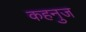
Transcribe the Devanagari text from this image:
कहनुज